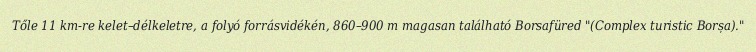
Tőle 11 km-re kelet–délkeletre, a folyó forrásvidékén, 860–900 m magasan található Borsafüred "(Complex turistic Borșa)."